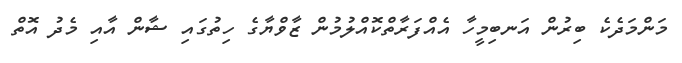
މަންމަދެކެ ބިރުން އަނބިމީހާ އެއްފަރާތްކޮއްލުމުން ޒާވްޔާގެ ހިތުގައި ޝާން އާއި މެދު އޮތް